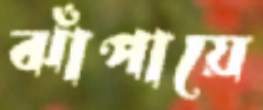
ঝাঁপায়ে